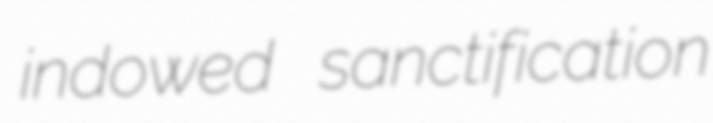
indowed sanctification